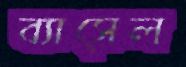
ব্যাসেল